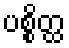
ပစ္စိတ္ထ